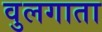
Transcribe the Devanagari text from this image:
वुलगाता